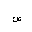
Letter: _sad